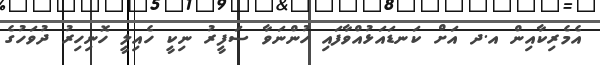
އެމެރިކާއިން އ.ދ އަށް ކަނޑައަޅުއްވާފައި ހުންނަވާ ސަފީރު ނިކީ ހެއިލީ ހޮނިހިރު ދުވަހުގެ